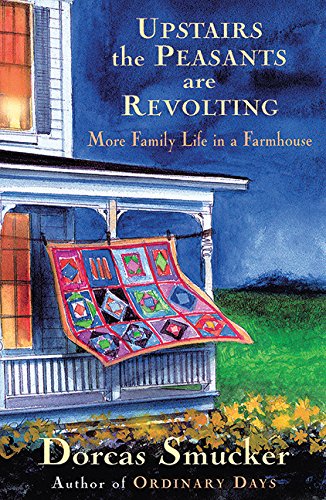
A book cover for Upstairs the Peasants are Revolting: More Family Life In A Farmhouse; Dorcas Smucker; Humor & Entertainment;